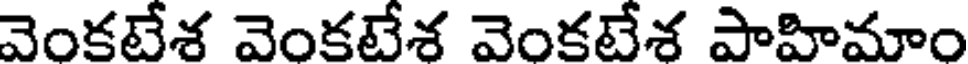
వెంకటేశ వెంకటేశ వెంకటేశ పాహిమాం